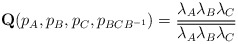
\begin{align*}{\bf Q}(p_A,p_B,p_C,p_{BCB^{-1}})= \dfrac{\lambda_A\lambda_B\lambda_C}{\overline{\lambda_A\lambda_B\lambda_C}}\end{align*}